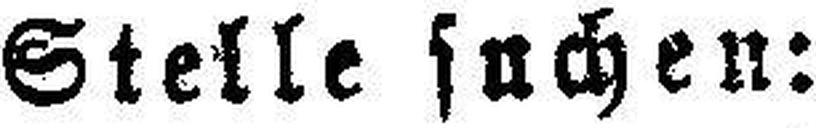
Stelle suchen: